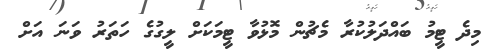
މިދެ ޓީމު ބައްދަލުކުރާ މެޗުން މޮޅުވާ ޓީމަކަށް ލީގުގެ ހަތަރު ވަނަ އަށް